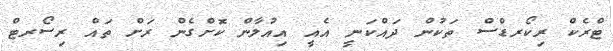
ޓްރެކް ރިކޯރޑްސް ތަކުން ދައްކަނީ އެއީ އިއުލާން ކޮށްގެން ރަށް ތައް ރިސޯރޓް